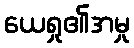
ယေရှု၏အမှု